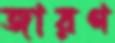
জারণ